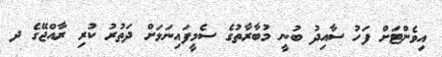
އިވެންޓަށް ފަހު ސާއިދު ބުނީ މުބާރާތުގެ ސެމީފައިނަލަށް ދަތުރު ކުރި ރާއްޖޭގެ ދ